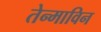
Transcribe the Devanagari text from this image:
तेन्माविन